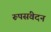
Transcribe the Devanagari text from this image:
रूपसंवेदन